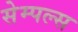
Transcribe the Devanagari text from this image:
सेम्पल्स